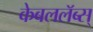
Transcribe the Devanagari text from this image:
केबललॅब्स्